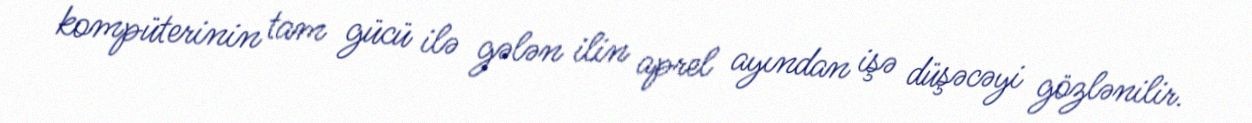
kompüterinin tam gücü ilə gələn ilin aprel ayından işə düşəcəyi gözlənilir.